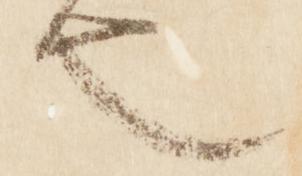
也